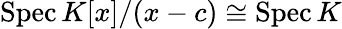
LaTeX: \operatorname{Spec}K[x]/(x-c)\cong\operatorname{Spec}K